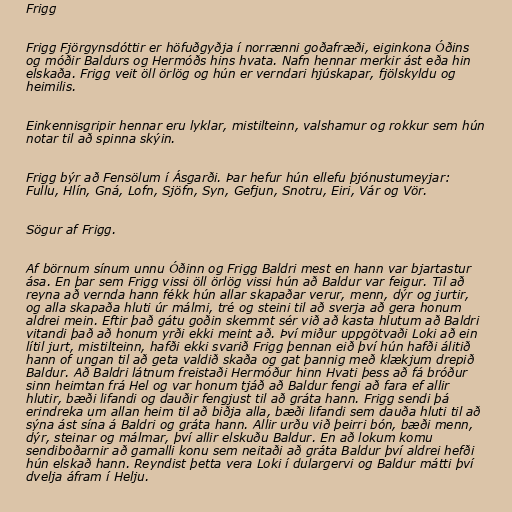
Frigg

Frigg Fjörgynsdóttir er höfuðgyðja í norrænni goðafræði, eiginkona Óðins
og móðir Baldurs og Hermóðs hins hvata. Nafn hennar merkir ást eða hin
elskaða. Frigg veit öll örlög og hún er verndari hjúskapar, fjölskyldu og
heimilis.

Einkennisgripir hennar eru lyklar, mistilteinn, valshamur og rokkur sem hún
notar til að spinna skýin.

Frigg býr að Fensölum í Ásgarði. Þar hefur hún ellefu þjónustumeyjar:
Fullu, Hlín, Gná, Lofn, Sjöfn, Syn, Gefjun, Snotru, Eiri, Vár og Vör.

Sögur af Frigg.

Af börnum sínum unnu Óðinn og Frigg Baldri mest en hann var bjartastur
ása. En þar sem Frigg vissi öll örlög vissi hún að Baldur var feigur. Til að
reyna að vernda hann fékk hún allar skapaðar verur, menn, dýr og jurtir,
og alla skapaða hluti úr málmi, tré og steini til að sverja að gera honum
aldrei mein. Eftir það gátu goðin skemmt sér við að kasta hlutum að Baldri
vitandi það að honum yrði ekki meint að. Því miður uppgötvaði Loki að ein
lítil jurt, mistilteinn, hafði ekki svarið Frigg þennan eið því hún hafði álitið
hann of ungan til að geta valdið skaða og gat þannig með klækjum drepið
Baldur. Að Baldri látnum freistaði Hermóður hinn Hvati þess að fá bróður
sinn heimtan frá Hel og var honum tjáð að Baldur fengi að fara ef allir
hlutir, bæði lifandi og dauðir fengjust til að gráta hann. Frigg sendi þá
erindreka um allan heim til að biðja alla, bæði lifandi sem dauða hluti til að
sýna ást sína á Baldri og gráta hann. Allir urðu við þeirri bón, bæði menn,
dýr, steinar og málmar, því allir elskuðu Baldur. En að lokum komu
sendiboðarnir að gamalli konu sem neitaði að gráta Baldur því aldrei hefði
hún elskað hann. Reyndist þetta vera Loki í dulargervi og Baldur mátti því
dvelja áfram í Helju.